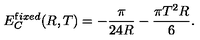
E _ { C } ^ { { \mathrm { f } i x e d } } ( R , T ) = - \frac { \pi } { 2 4 R } - \frac { \pi T ^ { 2 } R } { 6 } { . }